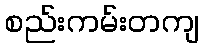
စည်းကမ်းတကျ